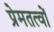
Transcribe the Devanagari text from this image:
प्रेमतत्वों